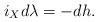
LaTeX: \begin{align*} i_Xd\lambda = -dh.\end{align*}